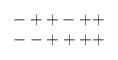
LaTeX: \begin{align*}\begin{array}{c} -++-++ \\ --++++ \end{array}\end{align*}